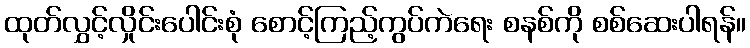
ထုတ်လွှင့်လှိုင်းပေါင်းစုံ စောင့်ကြည့်ကွပ်ကဲရေး စနစ်ကို စစ်ဆေးပါရန်။